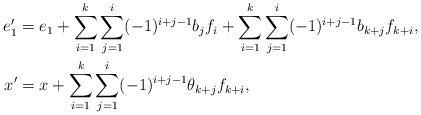
LaTeX: \begin{align*}e_1^\prime & =e_1+\sum\limits_{i=1}^{k}\sum\limits_{j=1}^{i}(-1)^{i+j-1}b_{j}f_{i}+\sum\limits_{i=1}^{k}\sum\limits_{j=1}^{i}(-1)^{i+j-1}b_{k+j}f_{k+i},\\x^\prime & =x+\sum\limits_{i=1}^{k}\sum\limits_{j=1}^{i}(-1)^{i+j-1}\theta_{k+j}f_{k+i},\end{align*}